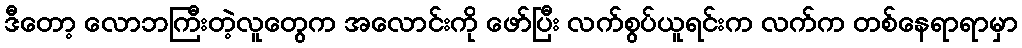
ဒီတော့ လောဘကြီးတဲ့လူတွေက အလောင်းကို ဖော်ပြီး လက်စွပ်ယူရင်းက လက်က တစ်နေရာရာမှာ